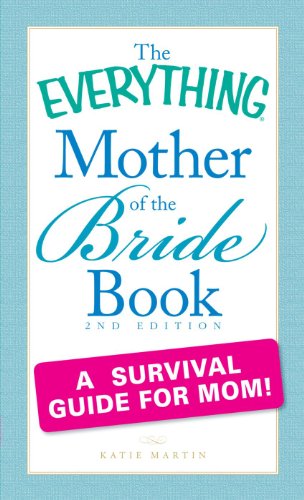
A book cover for The Everything Mother of the Bride Book: A survival guide for mom!; Katie Martin; Crafts, Hobbies & Home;